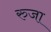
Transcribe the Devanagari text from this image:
रुजा